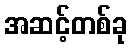
အဆင့်တစ်ခု